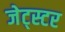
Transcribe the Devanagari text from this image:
जेट्स्टर